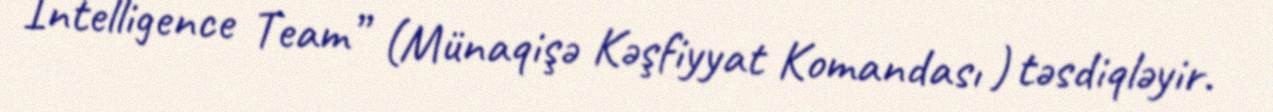
Intelligence Team” (Münaqişə Kəşfiyyat Komandası ) təsdiqləyir.